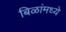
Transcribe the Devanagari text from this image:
बिळांमध्ये